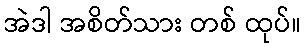
အဲဒါ အစိတ်သား တစ် ထုပ်။